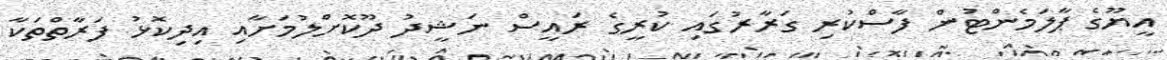
އީޔޫގެ ޕާލަމެންޓުން ފާސްކުރި ގަރާރުގައި ކުރީގެ ރައީސް ނަޝީދު ދޫކޮށްލުމަށާއި އިދިކޮޅު ފަރާތްތަކާ